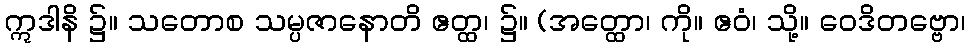
ဣဒါနိ ၌။ သတောစ သမ္ပဇာနောတိ ဧတ္ထ၊ ၌။ (အတ္ထော၊ ကို။ ဧဝံ၊ သို့။ ဝေဒိတဗ္ဗော၊